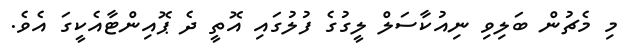
މި މެޗުން ބަލިވި ނިއުކާސަލް ލީގުގެ ފުލުގައި އޮތީ ދެ ޕޮއިންޓާއެކީގަ އެވެ.